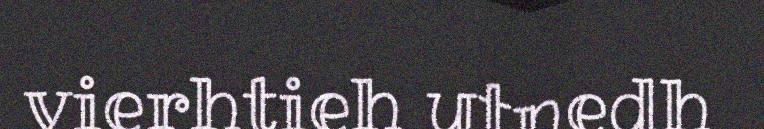
vierhtieh utnedh